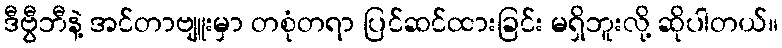
ဒီဗွီဘီနဲ့ အင်တာဗျူးမှာ တစုံတရာ ပြင်ဆင်ထားခြင်း မရှိဘူးလို့ ဆိုပါတယ်။